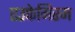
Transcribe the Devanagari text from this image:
एउफेमिस्म